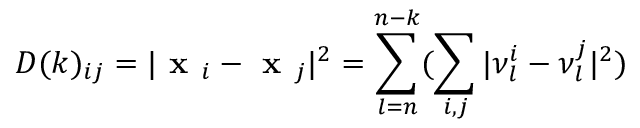
D ( k ) _ { i j } = | \textbf { x } _ { i } - \textbf { x } _ { j } | ^ { 2 } = \sum _ { l = n } ^ { n - k } ( \sum _ { i , j } | \nu _ { l } ^ { i } - \nu _ { l } ^ { j } | ^ { 2 } )